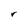
Character: r